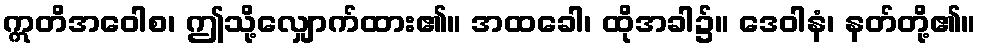
ဣတိအဝေါစ၊ ဤသို့လျှောက်ထား၏။ အထခေါ၊ ထိုအခါ၌။ ဒေဝါနံ၊ နတ်တို့၏။